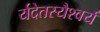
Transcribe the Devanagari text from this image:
र्यदेतस्यैश्वर्यं